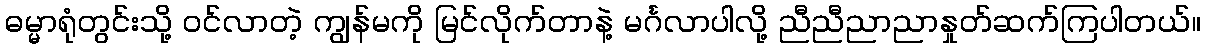
ဓမ္မာရုံတွင်းသို့ ဝင်လာတဲ့ ကျွန်မကို မြင်လိုက်တာနဲ့ မင်္ဂလာပါလို့ ညီညီညာညာနှုတ်ဆက်ကြပါတယ်။